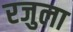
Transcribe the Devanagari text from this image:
रजुला